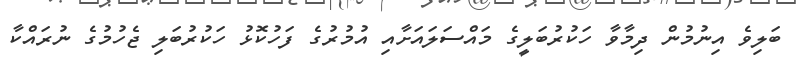
ބަލިވެ އިނުމުން ދިމާވާ ހަކުރުބަލީގެ މައްސަލައަށާއި އުމުރުގެ ފަހުކޮޅު ހަކުރުބަލި ޖެހުމުގެ ނުރައްކާ